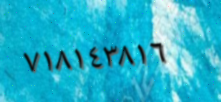
٧١٨١٤٣٨١٦